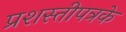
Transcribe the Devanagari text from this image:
प्रशस्तीपत्रके